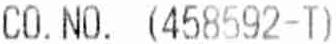
CO.NO. (458592-T)